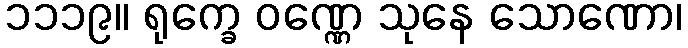
၁၁၁၉။ ရုက္ခေ ဝဏ္ဏေ သုနေ သောဏော၊